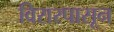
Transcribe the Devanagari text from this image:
विरारपासून